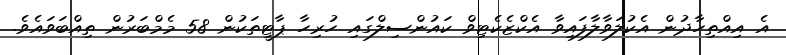
އެ އިއްތިހާދުން އެކުލަވާލާފައިވާ އެކްޒެކެޓިވް ކައުންސިލްގައި ހުރިހާ ޕާޓީތަކުން 58 މެމްބަރުން ތިއްބަވައެވެ.